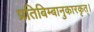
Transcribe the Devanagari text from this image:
प्रतिबिम्बानुकारकृत्‌।